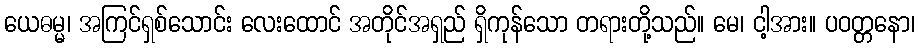
ယေဓမ္မ၊ အကြင်ရှစ်သောင်း လေးထောင် အတိုင်အရှည် ရှိကုန်သော တရားတို့သည်။ မေ၊ ငါ့အား။ ပဝတ္တနော၊